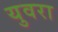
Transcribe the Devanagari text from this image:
युवरा